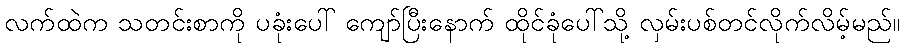
လက်ထဲက သတင်းစာကို ပခုံးပေါ် ကျော်ပြီးနောက် ထိုင်ခုံပေါ်သို့ လှမ်းပစ်တင်လိုက်လိမ့်မည်။